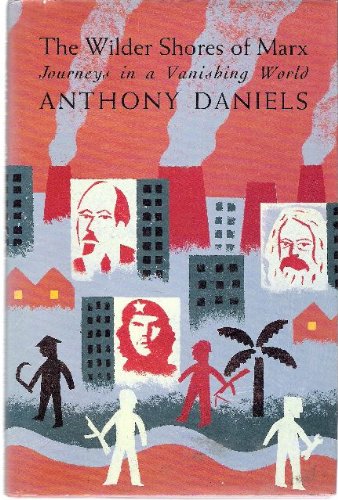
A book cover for The Wilder Shores of Marx: Journeys in a Vanishing World; Anthony Daniels; Travel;